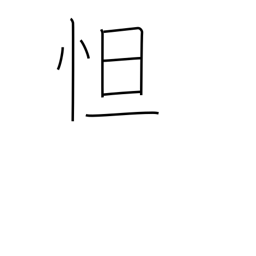
Meaning: be sad